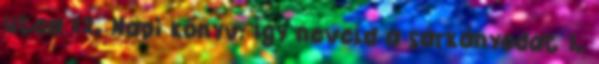
utca 12. Napi könyv: Így neveld a sárkányodat 1.